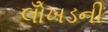
લોઁખડની